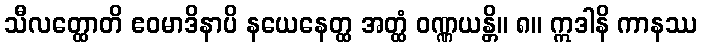
သီလတ္ထောတိ ဧဝမာဒိနာပိ နယေနေတ္ထ အတ္ထံ ဝဏ္ဏယန္တိ။ ၈။ ဣဒါနိ ကာနဿ